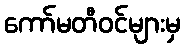
ကော်မတီဝင်များမှ